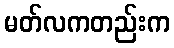
မတ်လကတည်းက